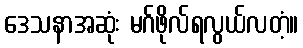
ဒေသနာအဆုံး မဂ်ဖိုလ်ရလွယ်လတံ့။